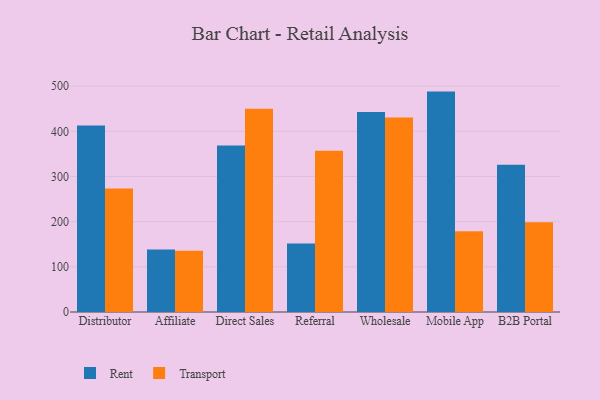
{"axis": {"x": "Channel", "y": "Budget (USD K)"}, "legend": ["Rent", "Transport"], "data": [{"x": "Distributor", "y": 412.7, "type": "Rent"}, {"x": "Distributor", "y": 273.2, "type": "Transport"}, {"x": "Affiliate", "y": 138.3, "type": "Rent"}, {"x": "Affiliate", "y": 135.7, "type": "Transport"}, {"x": "Direct Sales", "y": 368.7, "type": "Rent"}, {"x": "Direct Sales", "y": 450.2, "type": "Transport"}, {"x": "Referral", "y": 151.7, "type": "Rent"}, {"x": "Referral", "y": 356.9, "type": "Transport"}, {"x": "Wholesale", "y": 442.8, "type": "Rent"}, {"x": "Wholesale", "y": 430.3, "type": "Transport"}, {"x": "Mobile App", "y": 487.9, "type": "Rent"}, {"x": "Mobile App", "y": 179.0, "type": "Transport"}, {"x": "B2B Portal", "y": 325.7, "type": "Rent"}, {"x": "B2B Portal", "y": 198.8, "type": "Transport"}]}